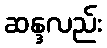
ဆန္ဒလည်း